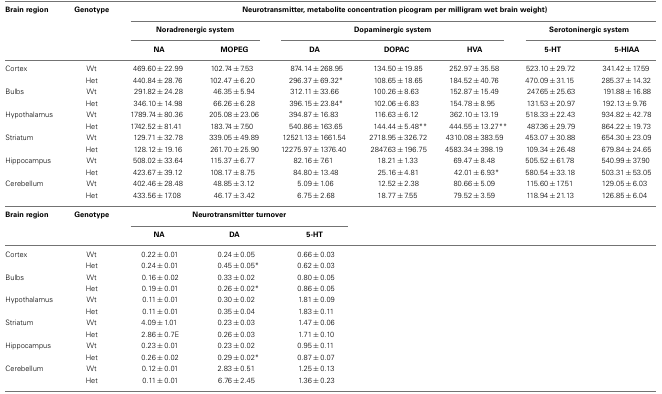
<table><thead><tr><td><b>Brain region</b></td><td><b>Genotype</b></td><td></td><td colspan="5"><b>Neurotransmitter, metabolite concentration picogram per milligram wet brain weight)</b></td></tr><tr><td></td><td></td><td colspan="2"><b>Noradrenergic system</b></td><td colspan="3"><b>Dopaminergic system</b></td><td colspan="2"><b>Serotoninergic system</b></td></tr><tr><td></td><td></td><td><b>NA</b></td><td><b>MOPEG</b></td><td><b>DA</b></td><td><b>DOPAC</b></td><td><b>HVA</b></td><td><b>5-HT</b></td><td><b>5-HIAA</b></td></tr></thead><tbody><tr><td>Cortex</td><td>Wt</td><td>469.60 ± 22.99</td><td>102.74 ± 7.53</td><td>874.14 ± 268.95</td><td>134.50 ± 19.85</td><td>252.97 ± 35.58</td><td>523.10 ± 29.72</td><td>341.42 ± 17.59</td></tr><tr><td></td><td>Het</td><td>440.84 ± 28.76</td><td>102.47 ± 6.20</td><td>296.37 ± 69.32*</td><td>108.65 ± 18.65</td><td>184.52 ± 40.76</td><td>470.09 ± 31.15</td><td>285.37 ± 14.32</td></tr><tr><td>Bulbs</td><td>Wt</td><td>291.82 ± 24.28</td><td>46.35 ± 5.94</td><td>312.11 ± 33.66</td><td>100.26 ± 8.63</td><td>152.87 ± 15.49</td><td>247.65 ± 25.63</td><td>191.88 ± 16.88</td></tr><tr><td></td><td>Het</td><td>346.10 ± 14.98</td><td>66.26 ± 6.28</td><td>396.15 ± 23.84*</td><td>102.06 ± 6.83</td><td>154.78 ± 8.95</td><td>131.53 ± 20.97</td><td>192.13 ± 9.76</td></tr><tr><td>Hypothalamus</td><td>Wt</td><td>1789.74 ± 80.36</td><td>205.08 ± 23.06</td><td>394.87 ± 16.83</td><td>116.63 ± 6.12</td><td>362.10 ± 13.19</td><td>518.33 ± 22.43</td><td>934.82 ± 42.78</td></tr><tr><td></td><td>Het</td><td>1742.52 ± 81.41</td><td>183.74 ± 7.50</td><td>540.86 ± 163.65</td><td>144.44 ± 5.48**</td><td>444.55 ± 13.27**</td><td>487.36 ± 29.79</td><td>864.22 ± 19.73</td></tr><tr><td>Striatum</td><td>Wt</td><td>129.71 ± 32.78</td><td>339.05 ± 49.89</td><td>12521.13 ± 1661.54</td><td>2718.95 ± 326.72</td><td>4310.08 ± 383.59</td><td>453.07 ± 30.88</td><td>654.30 ± 23.09</td></tr><tr><td></td><td>Het</td><td>128.12 ± 19.16</td><td>261.70 ± 25.90</td><td>12275.97 ± 1376.40</td><td>2847.63 ± 196.75</td><td>4583.34 ± 398.19</td><td>109.34 ± 26.48</td><td>679.84 ± 24.65</td></tr><tr><td>Hippocampus</td><td>Wt</td><td>508.02 ± 33.64</td><td>115.37 ± 6.77</td><td>82.16 ± 7.61</td><td>18.21 ± 1.33</td><td>69.47 ± 8.48</td><td>505.52 ± 61.78</td><td>540.99 ± 37.90</td></tr><tr><td></td><td>Het</td><td>423.67 ± 39.12</td><td>108.17 ± 8.75</td><td>84.80 ± 13.48</td><td>25.16 ± 4.81</td><td>42.01 ± 6.93*</td><td>580.54 ± 33.18</td><td>503.31 ± 53.05</td></tr><tr><td>Cerebellum</td><td>Wt</td><td>402.46 ± 28.48</td><td>48.85 ± 3.12</td><td>5.09 ± 1.06</td><td>12.52 ± 2.38</td><td>80.66 ± 5.09</td><td>115.60 ± 17.51</td><td>129.05 ± 6.03</td></tr><tr><td></td><td>Het</td><td>433.56 ± 17.08</td><td>46.17 ± 3.42</td><td>6.75 ± 2.68</td><td>18.77 ± 7.55</td><td>79.52 ± 3.59</td><td>118.94 ± 21.13</td><td>126.85 ± 6.04</td></tr><tr><td><b>Brain region</b></td><td><b>Genotype</b></td><td colspan="3"><b>Neurotransmitter turnover</b></td><td></td><td></td><td></td><td></td></tr><tr><td></td><td></td><td><b>NA</b></td><td><b>DA</b></td><td><b>5-HT</b></td><td></td><td></td><td></td><td></td></tr><tr><td>Cortex</td><td>Wt</td><td>0.22 ± 0.01</td><td>0.24 ± 0.05</td><td>0.66 ± 0.03</td><td></td><td></td><td></td><td></td></tr><tr><td></td><td>Het</td><td>0.24 ± 0.01</td><td>0.45 ± 0.05*</td><td>0.62 ± 0.03</td><td></td><td></td><td></td><td></td></tr><tr><td>Bulbs</td><td>Wt</td><td>0.16 ± 0.02</td><td>0.33 ± 0.02</td><td>0.80 ± 0.05</td><td></td><td></td><td></td><td></td></tr><tr><td></td><td>Het</td><td>0.19 ± 0.01</td><td>0.26 ± 0.02*</td><td>0.86 ± 0.05</td><td></td><td></td><td></td><td></td></tr><tr><td>Hypothalamus</td><td>Wt</td><td>0.11 ± 0.01</td><td>0.30 ± 0.02</td><td>1.81 ± 0.09</td><td></td><td></td><td></td><td></td></tr><tr><td></td><td>Het</td><td>0.11 ± 0.01</td><td>0.35 ± 0.04</td><td>1.83 ± 0.11</td><td></td><td></td><td></td><td></td></tr><tr><td>Striatum</td><td>Wt</td><td>4.09 ± 1.01</td><td>0.23 ± 0.03</td><td>1.47 ± 0.06</td><td></td><td></td><td></td><td></td></tr><tr><td></td><td>Het</td><td>2.86 ± 0.7E</td><td>0.26 ± 0.03</td><td>1.71 ± 0.10</td><td></td><td></td><td></td><td></td></tr><tr><td>Hippocampus</td><td>Wt</td><td>0.23 ± 0.01</td><td>0.23 ± 0.02</td><td>0.95 ± 0.11</td><td></td><td></td><td></td><td></td></tr><tr><td></td><td>Het</td><td>0.26 ± 0.02</td><td>0.29 ± 0.02*</td><td>0.87 ± 0.07</td><td></td><td></td><td></td><td></td></tr><tr><td>Cerebellum</td><td>Wt</td><td>0.12 ± 0.01</td><td>2.83 ± 0.51</td><td>1.25 ± 0.13</td><td></td><td></td><td></td><td></td></tr><tr><td></td><td>Het</td><td>0.11 ± 0.01</td><td>6.76 ± 2.45</td><td>1.36 ± 0.23</td><td></td><td></td><td></td><td></td></tr></tbody></table>